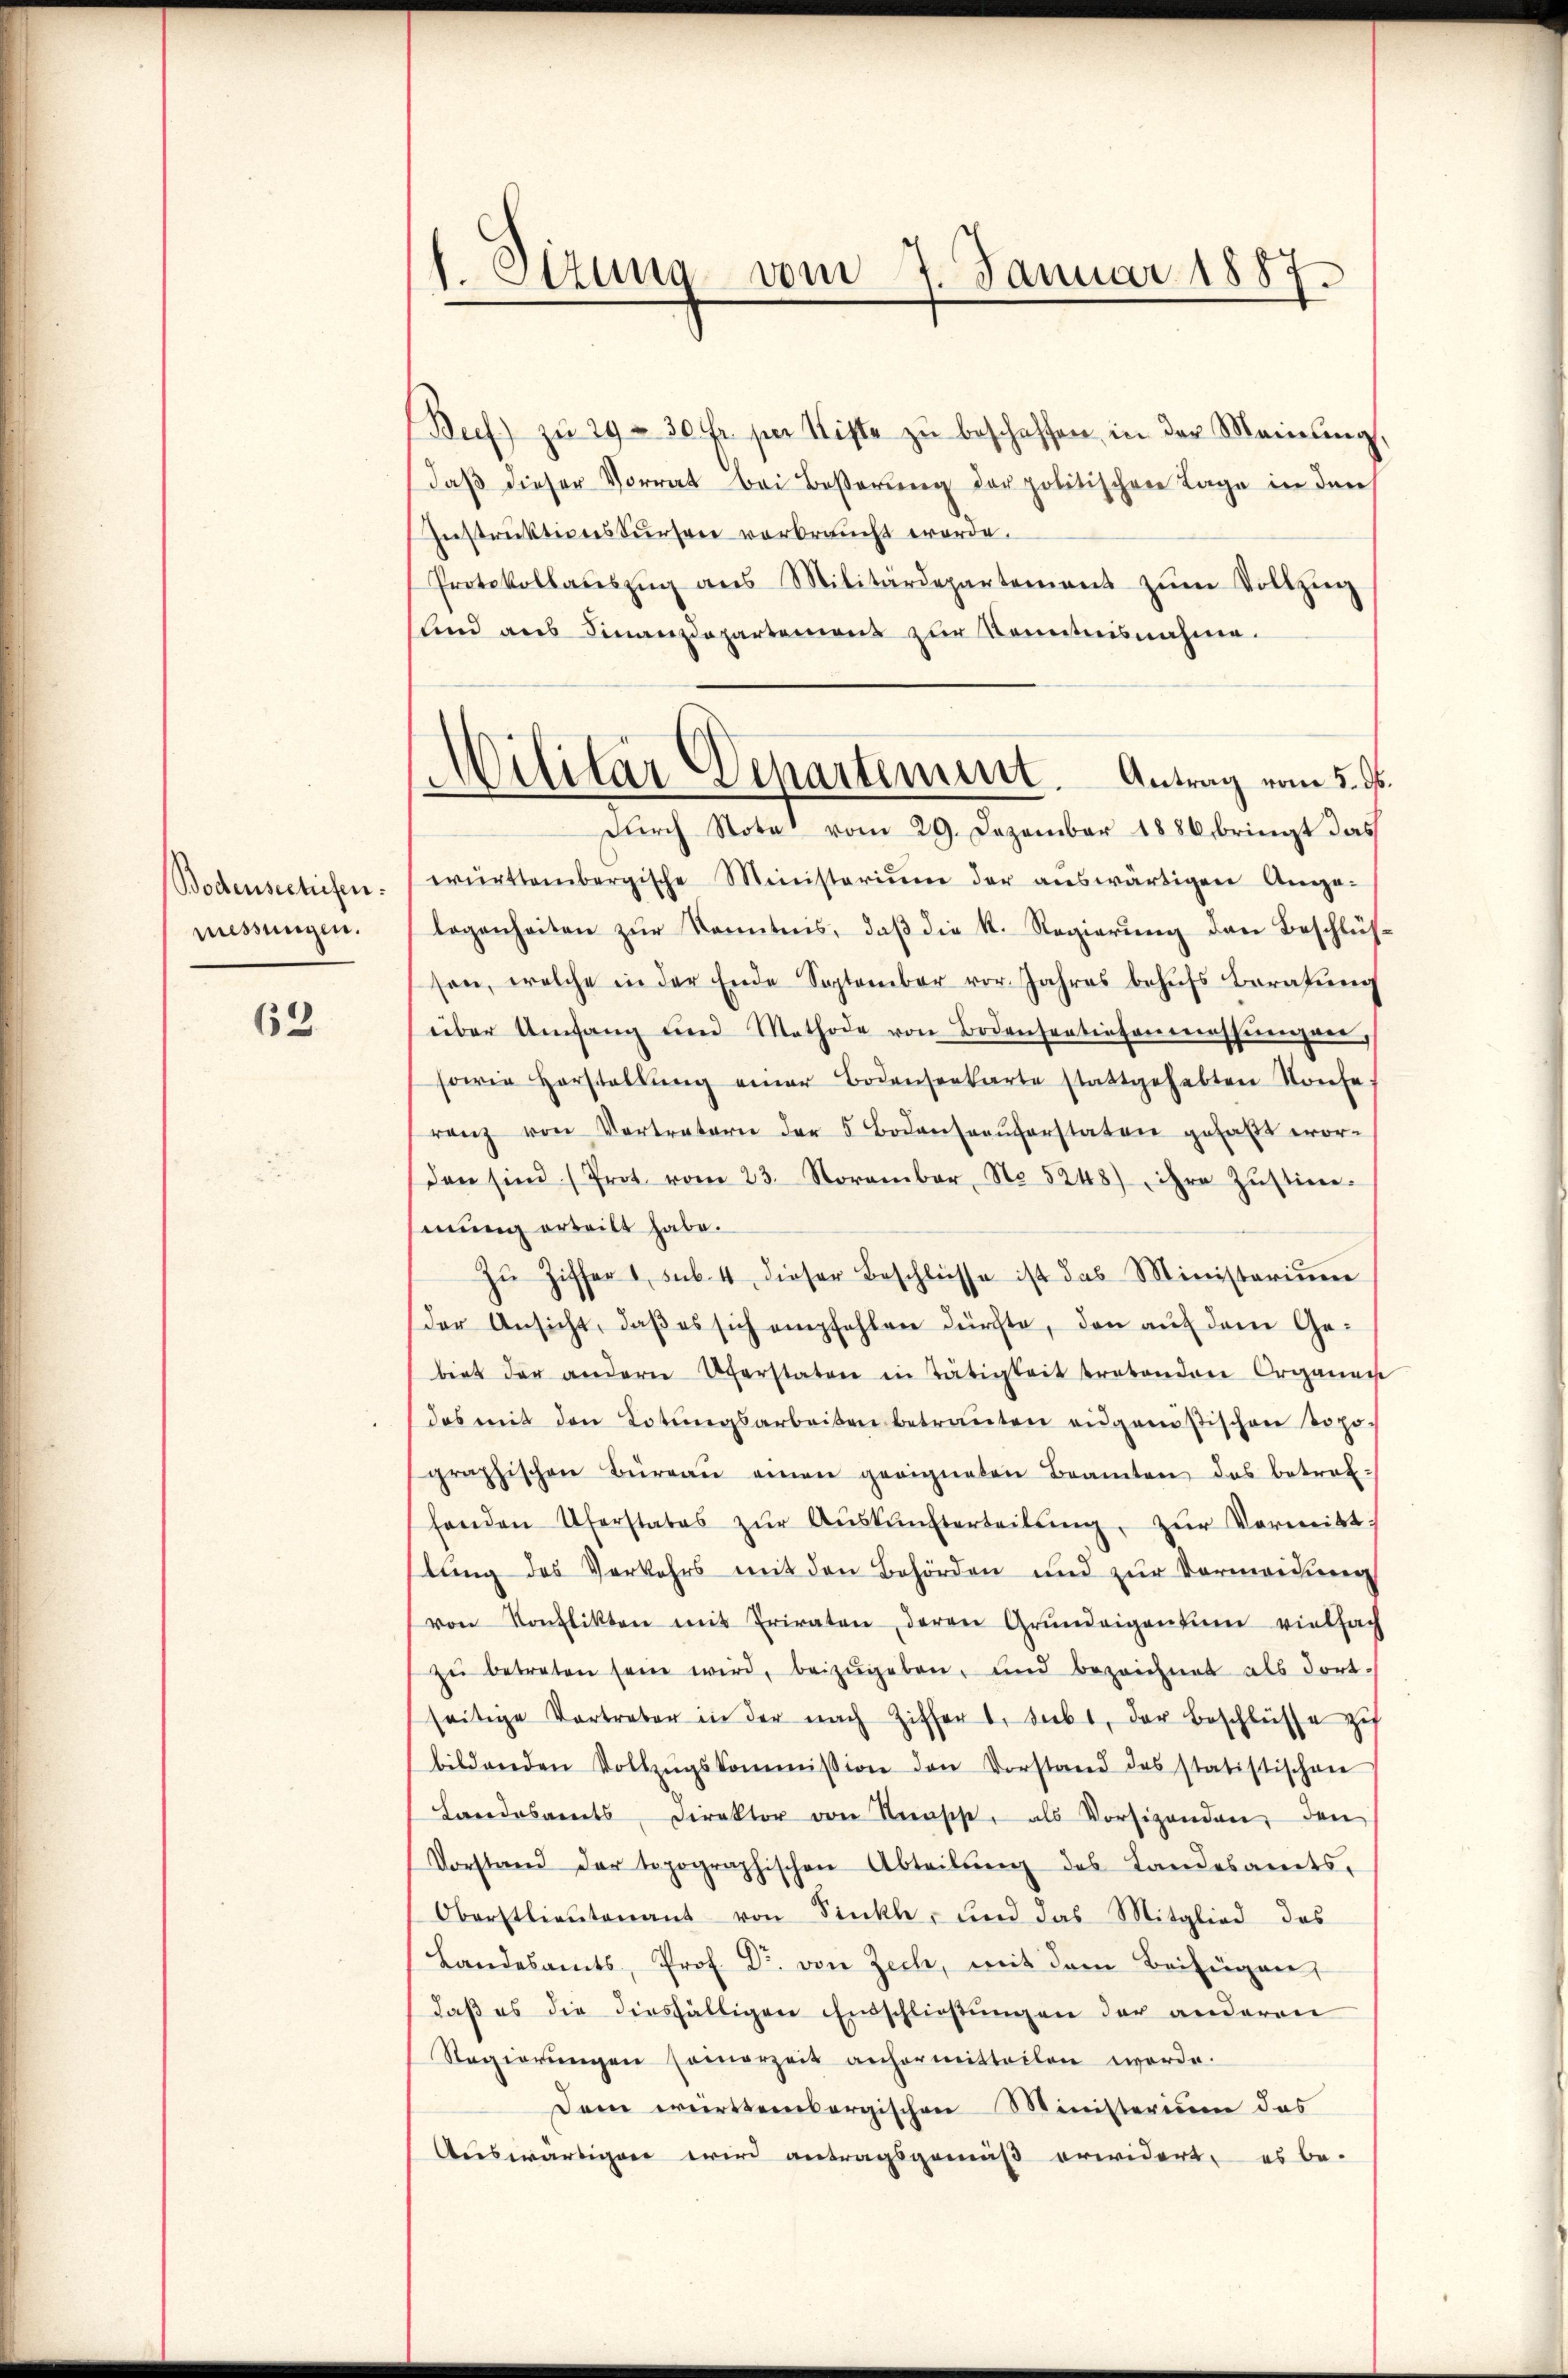
Bodensectifen.
messungen.

62

1. Etzung vom 7. Januar 1887.

Beef) zŭ 29 - 30 Fr. per Kiste zŭ beschaffen, in der Meinung.
daβ dieser Vorrat bei Beßerung der politischen Lage in den
Instruktionskursen verbraucht worde.
Protokollaŭszŭg ans Militärdepartement zŭm Vollzŭg
lnd aus Finanzdepartemons zur Kenntnisnahme.
dŭrch Note vom 29. Dezember 1886 bringt das
württembergische Ministerium der aŭswärtigen Ange-
logenheiten zur Kenntnis, daß die K. Regierung den Beschlüsson, welche in der Ende September vor Jahres behŭfs Beratum
über Umfang und Methode von Bodensentiefenenessungen,
sowie Horstellŭng einer Bodensenkarte stattgehabten Konfe
ranz von Vertratern der 5 Bodenseaŭforstaten gehabt wor-
den sind (Prot vom 23. November, No 5248) ihre Zŭstim-
mung erteilt habe.
zŭ Ziffer 1, sub. 4 dieser Beschlüsse ist das Ministerium
der Ansicht, daß es sich empfehlen dürfte, den auf dem Gebiet der andern Oberstaten in Tätigkeit tretenden Organen
das mit den Lotŭngsarbeiten betraŭten eidgenößischen Topo-
graphischen Büreaŭ einen geeigneten Beamten das betreffenden Uferstates zŭr Aŭskŭnfterteilŭng, zŭr Vormitt
stung des Verkehrs mit den Behörden und zur Vermeidung
von Konflikten mit Priraten, deren Grundeigentum vielfach
zŭ betreten sein wird, beizŭgeben, und bezeichnet als Fort-
seitige Vortreter in der nach Ziffer, siebt, der Beschlüsse zu
bildenden Vollzŭgskommission den Vorstand des statistischen
Landesamts Direktor von Knasche, als Vorsizenden, den
Vorstand der topographischen Abteilŭng des Landesamts-
Oberstlieutenant von Finkh, und das Mitglied des
Landesamts, Prof. Dr. von Zech, mit dem Beifügen,
daβ es die diesfälligen Entschlieβŭngen der anderen
Regierŭngen seinerzeit anformitteilen werde.
Dem württembergischen Ministerium das
Auswärtigen wird antragsgemäß erwidert, es be-

Militär Departement. Antrag vom 5. ds.